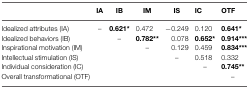
|  | IA | IB | IM | IS | IC | OTF |
 | --- | --- | --- | --- | --- | --- | --- |
 | Idealized attributes (IA) | – | 0.621* | 0.472 | −0.249 | 0.120 | 0.641* |
 | Idealized behaviors (IB) |  | – | 0.782** | 0.078 | 0.652* | 0.914*** |
 | Inspirational motivation (IM) |  |  | – | 0.129 | 0.459 | 0.834*** |
 | Intellectual stimulation (IS) |  |  |  | – | 0.518 | 0.332 |
 | Individual consideration (IC) |  |  |  |  | – | 0.745** |
 | Overall transformational (OTF) |  |  |  |  |  | – |